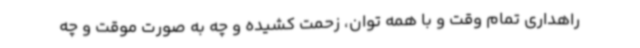
راهداری تمام وقت و با همه توان، زحمت کشیده و چه به صورت موقت و چه